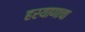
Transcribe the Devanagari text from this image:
हरयाणाचा